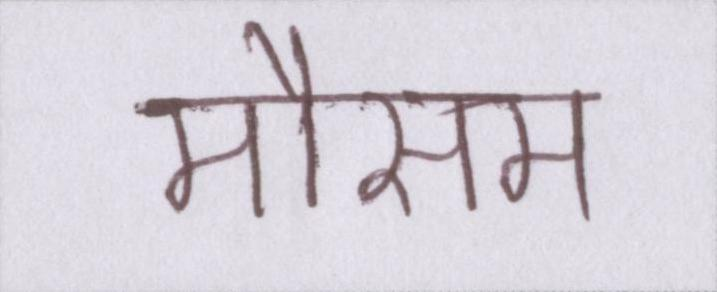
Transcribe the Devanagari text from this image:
मौसम